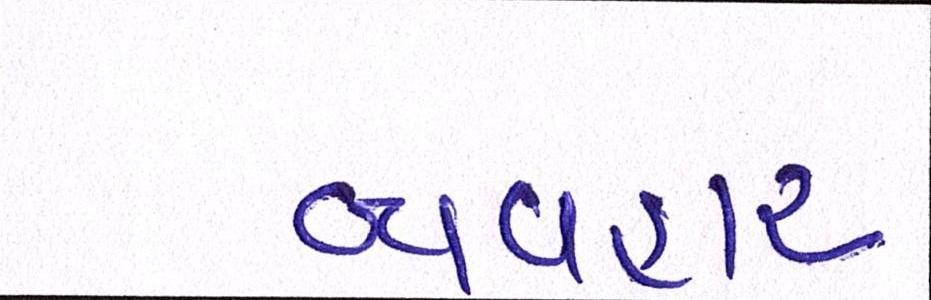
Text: વ્યવહાર